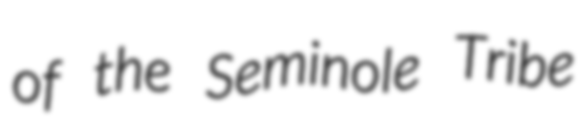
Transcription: of the Seminole Tribe